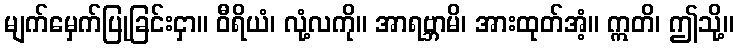
မျက်မှေက်ပြုခြင်းငှာ။ ဝီရိယံ၊ လုံ့လကို။ အာရဗ္ဘာမိ၊ အားထုတ်အံ့။ ဣတိ၊ ဤသို့။